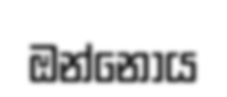
ඔන්නොය